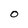
Character: O